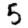
Digit: 5